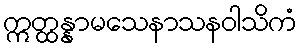
ဣတ္ထန္နာမသေနာသနဝါသိကံ